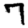
Digit: 7